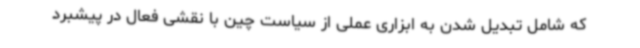
که شامل تبدیل شدن به ابزاری عملی از سیاست چین با نقشی فعال در پیشبرد